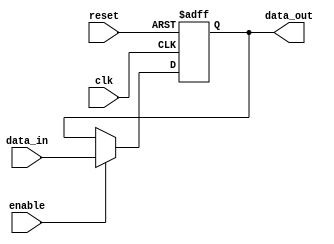
module Fallback_Bypass_register (
    input wire clk,
    input wire reset,
    input wire enable,
    input wire [7:0] data_in,
    output reg [7:0] data_out
);

reg [7:0] stored_data;

always @(posedge clk or posedge reset) begin
    if (reset) begin
        stored_data <= 8'b0;
    end else if (enable) begin
        stored_data <= data_in;
    end
end

assign data_out = stored_data;

endmodule